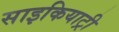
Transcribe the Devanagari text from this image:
साइकियाट्री